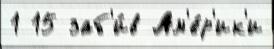
1 15 заб'и́в Ам'е́р'ик'и